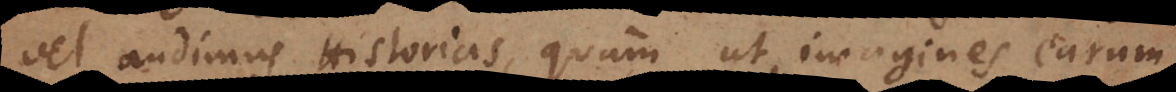
vel audimus Historias, quam ut imagines earum